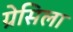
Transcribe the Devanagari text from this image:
ग्रेसिला